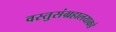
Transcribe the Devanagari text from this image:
वस्तुसंग्रहालयाकडे